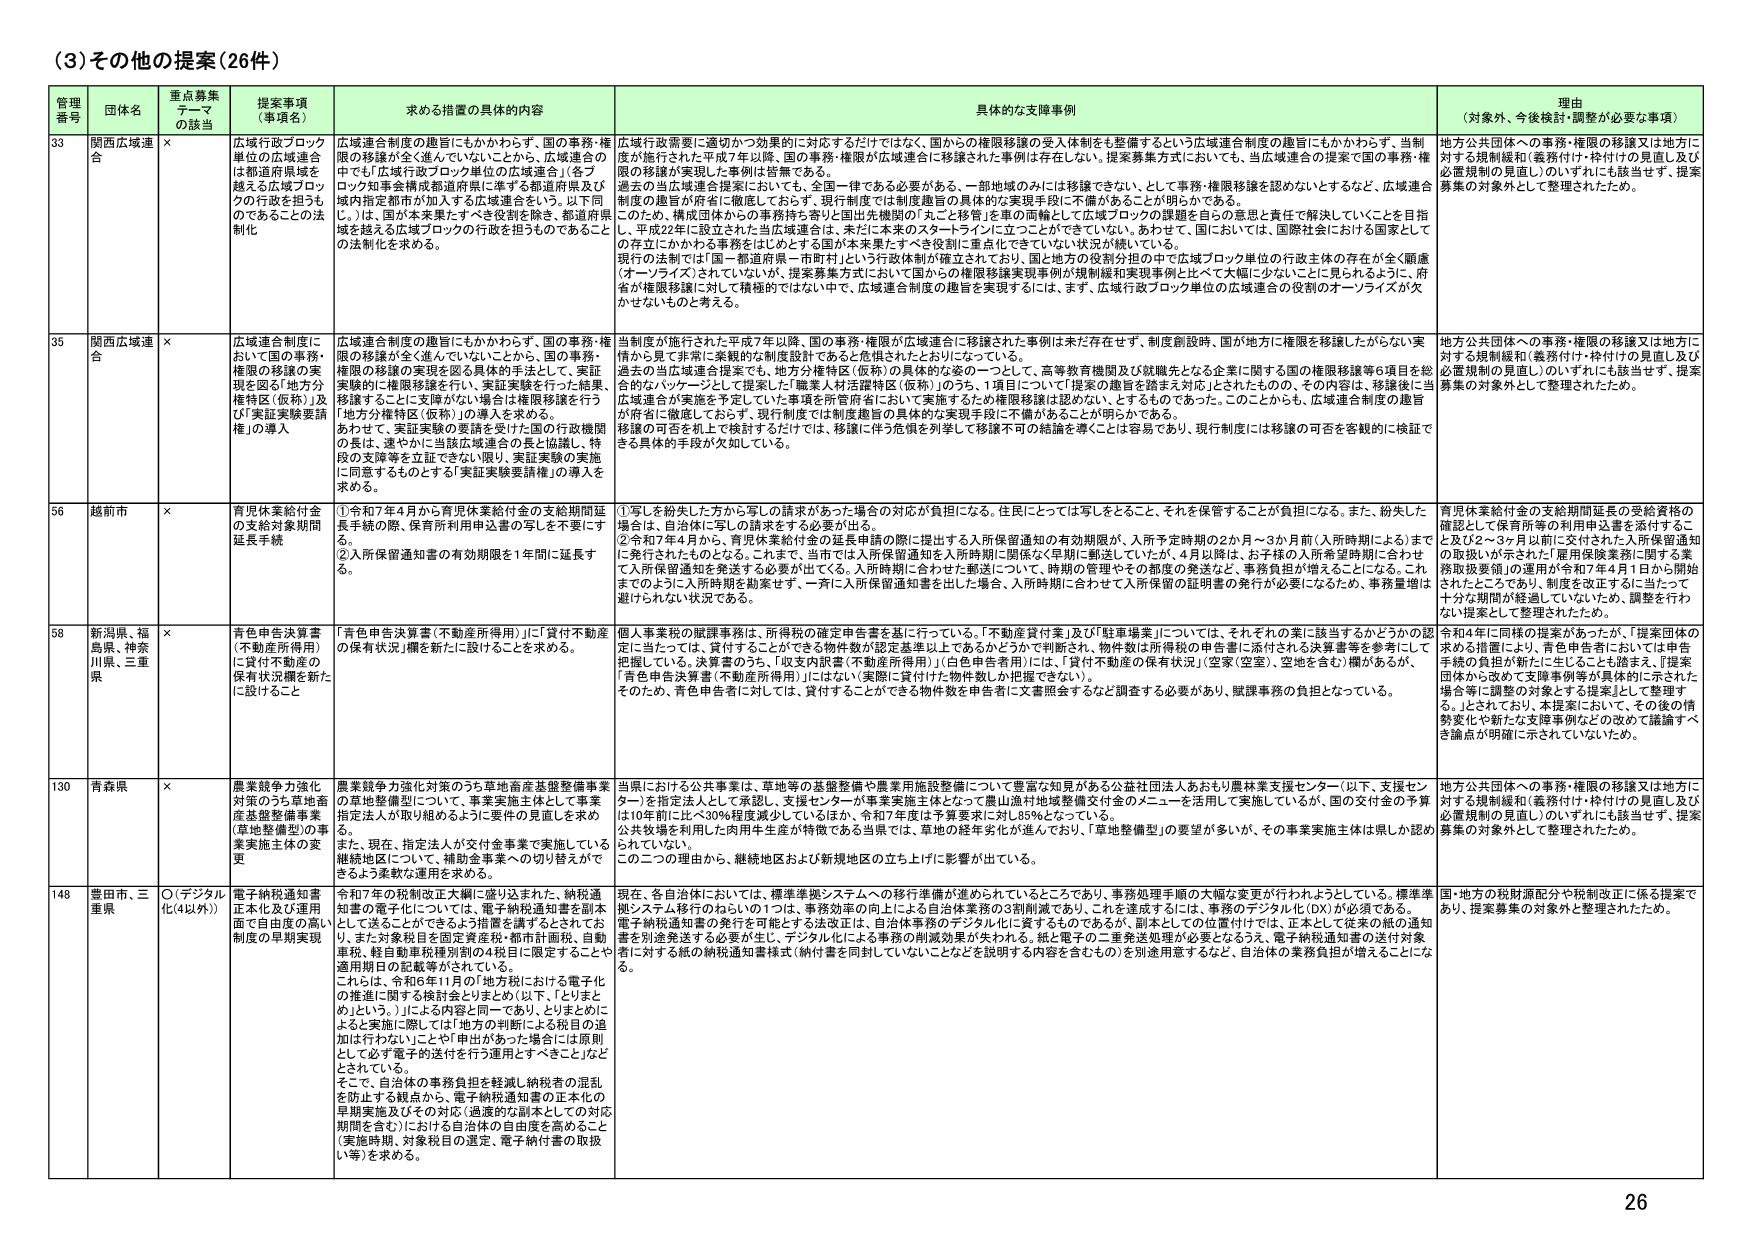
(3) その他の提案 (26件)

管理番号	団体名	重点募集テーマの該当	提案事項（事項名）	求める措置の具体的内容	具体的な支援事例	理由（対象外、今後検討・調整が必要な事項）

33	関西広域連合	×	広域行政ブロック単位の広域連合は都道府県域を越える広域ブロックの行政を担うものであることの法制化	広域連合制度の趣旨にもかかわらず、国の事務・権限の移譲が全く進んでいないことから、広域連合の中でも「広域行政ブロック単位の広域連合」（各ブロック知事会構成都道府県に準ずる都道府県及び域内指定都市が加入する広域連合をいう。以下同じ。）は、国が本来果たすべき役割を除き、都道府県域を越える広域ブロックの行政を担うものであることの法制化を求める。	広域行政需要に適切かつ効果的に対応するだけではなく、国からの権限移譲の受入体制も整備するという広域連合制度の趣旨にかかわらず、当制度が施行された平成7年以降、国の事務・権限が広域連合に移譲されない、提案募集方式においても、当広域連合の提案で国の事務・権限の移譲が実現した事例は皆無である。過去の当広域連合提案においても、全国一律である必要がある、一部地域のみには移譲できない、として事務・権限移譲を認めないとするなど、広域連合制度の趣旨が府省に徹底しておらず、現行制度では制度趣旨の具体的な実現手段に不備があることが明らかである。そのため、構成国体からの事務持ち寄りと国出先機関の「丸ごと移管」を東の両輪として広域ブロックの課題を自らの意思と責任で解決していくことを目指し、平成22年に設立された当広域連合は、未だに本来のスタートラインに立つことができていない。あわせて、国においては、国際社会における国家としての存立にかかわる事務をはじめとする国が本来果たすべき役割に重点をできていない状況が続いている。現行の法制では「国－都道府県－市町村」という行政体制が確立されており、国と地方の役割分担の中で広域ブロック単位の行政主体の存在が全く順慮（オーライズ）されていないが、提案募集方式において国からの権限移譲実現事例が規制緩和実現事例に比べて大幅に少ないことに見られるように、府省が権限移譲に対して積極的ではない中で、広域連合制度の趣旨を実現するには、まず、広域行政ブロック単位の広域連合の役割のオーライズが欠かせないものと考える。	地方公共団体への事務・権限の移譲又は地方に対する規制緩和（義務付け・枠付けの見直し及び配置規制の見直し）のいずれにも該当せず、提案募集の対象外として整理されたため。

35	関西広域連合	×	広域連合制度において国の事務・権限の移譲の実現を図る「地方分権特区（仮称）」及び「実証実験要請権」の導入	広域連合制度の趣旨にもかかわらず、国の事務・権限の移譲が全く進んでいないことから、国の事務・権限の移譲の実現を図る具体的手法として、実証実験的に権限移譲を行い、実証実験を行った結果、移譲することに支障がない場合は権限移譲を行う「地方分権特区（仮称）」の導入を求める。あわせて、実証実験の要請を受けた国行政機関の長は、速やかに当該広域連合の長と協議し、特段の支障等を立証できない限り、実証実験の実施に同意するものとする「実証実験要請権」の導入を求める。	当制度が施行された平成7年以降、国の事務・権限が広域連合に移譲された事例は未だ存在せず、制度創設時、国が地方に権限を移譲したがらない実情から見て非常に楽観的な制度設計であると危惧されたとおりになっている。過去の当広域連合提案でも、地方分権特区（仮称）の具体的な姿の一つとして、高等教育機関及び就職先となる企業に関する国の権限移譲等6項目を総合的なパッケージとして提案した「職業人材活躍特区（仮称）」のうち、1項目について「提案の趣旨を踏まえ対応」とされたものの、その内容は、移譲後に当広域連合が実施を予定していた事項を所管府省において実施する「どの権限移譲は認めない、とするものであった。このことからも、広域連合制度の趣旨が府省に徹底しておらず、現行制度では制度趣旨の具体的な実現手段に不備があることが明らかである。移譲の可否を机上で検討するだけでは、移譲に伴う危惧を列挙して移譲不可の結論を導くことは容易であり、現行制度には移譲の可否を客観的に検証できる具体的手段が欠如している。	地方公共団体への事務・権限の移譲又は地方に対する規制緩和（義務付け・枠付けの見直し及び配置規制の見直し）のいずれにも該当せず、提案募集の対象外として整理されたため。

56	越前市	×	育児休業給付金の支給対象期間延長手続	①令和7年4月から育児休業給付金の支給期間延長手続の際、保育所利用申込書の写しを不要にする。②入所保留通知書の有効期限を1年間に延長する。	①写しを紛失した方から写しの請求があった場合の対応が負担になる。生産にとっては写しをとること、それを保管することが負担になる。また、紛失した場合は、自治体に写しの請求をする必要が出る。②令和7年4月から、育児休業給付金の延長申請の際に提出する入所保留通知の有効期限が、入所予定時期の2か月～3か月前（入所時期による）までに発行されたものとなる。これまでは、市町では入所保留通知を入所時期に関係なく早期に郵送していたが、4月以降は、お子様の入所希望時期に合わせて入所保留通知を発送する必要が出てくる。入所時期に合わせて郵送について、時期の管理やその都度の発送など、事務負担が増えることになる。これまでもように入所時期を勘案せず、一斉に入所保留通知書を出した場合、入所時期に合わせて入所保留の証明書の発行が必要になるため、事務量増は避けられない状況である。	育児休業給付金の支給期間延長の受給資格の確認として保育所等の利用申込書を添付すること及び2～3ヶ月以前に交付された入所保留通知の取扱いが示された「雇用保険業務に関する業務取扱要領」の運用が令和7年4月1日から開始されたことであり、制度を改正するに当たって十分な期間が経過していないため、調整を行わない提案として整理されたため。

58	新潟県、福島県、神奈川県、三重県	×	青色申告決算書（不動産所得用）に「貸付不動産の保有状況欄」を新たに設けること	「青色申告決算書（不動産所得用）」に「貸付不動産の保有状況」欄を新たに設けることを求める。	個人事業税の賦課事務は、所得税の確定申告書を基に行っている。「不動産貸付業」及び「駐車場業」については、それぞれの業に該当するかどうかの認定に当たっては、貸付することができる物件数が認定基準以上であるかどうかに判断され、物件数は所得税の申告書に添付される決算書等を参考にして把握している。決算書のうち、「収支内訳書（不動産所得用）」（白色申告者用）には、「貸付不動産の保有状況」（空室（空室）、空地を含む）欄があるが、「青色申告決算書（不動産所得用）」にはない（実際に貸付けた物件数しか把握できない）。そのため、青色申告者に対しては、貸付することができる物件数を申告者に文書照会するなど調査する必要があり、賦課事務の負担となっている。	令和4年に同様の提案があったが、「提案団体の求める措置により、青色申告者においては申告手続の負担が新たに生じることを踏まえ、『提案団体から改めて支援事例等が具体的に示された場合等に調整の対象とする提案として整理する。』とされており、本提案において、その後の情勢変化や新たな支援事例などの改めて議論すべき論点が明確に示されていないため。

130	青森県	×	農業競争力強化対策のうち草地畜産基盤整備事業の草地整備型について、事業実施主体として事業指定法人が取り組めるように要件の見直しを求める。また、現在、指定法人が交付金事業で実施している継続地図について、補助金事業への切り替えができるよう柔軟な運用を求める。	農業競争力強化対策のうち草地畜産基盤整備事業の草地整備型について、事業実施主体として事業指定法人が取り組めるように要件の見直しを求める。また、現在、指定法人が交付金事業で実施している継続地図について、補助金事業への切り替えができるよう柔軟な運用を求める。	当県における公共事業は、草地等の基盤整備や農業用施設整備について豊富な知見がある公益社団法人おももり農林業支援センター（以下、支援センター）を指定法人として承認し、支援センターが事業実施主体となって農山漁村地域整備交付金のメニューを活用して実施しているが、国の交付金の予算は10年前に比べ30％程度減少しているほか、令和7年度は予算要求に到達し85％となっている。公共牧場を利用した肉用牛生産が特徴である当県では、草地の経年劣化が進んでおり、「草地整備型」の要望が多いが、その事業実施主体は県しか認められていない。この二つの理由から、継続地図および新規地図の立ち上げに影響が出ている。	地方公共団体への事務・権限の移譲又は地方に対する規制緩和（義務付け・枠付けの見直し及び配置規制の見直し）のいずれにも該当せず、提案募集の対象外として整理されたため。

148	豊田市、三重県	○（デジタル化（4以外））	電子納税通知書正本化及び運用面で自由度の高い制度の早期実現	令和7年の税制改正大綱に盛り込まれた、納税通知書の電子化については、電子納税通知書の正本化として送ることをできるよう措置を講ずることとされており、また各税目を同回収年度税・都市計画税、自動車税、軽自動車税課別別の4税目に限定することや適用期日の記載等がされている。これらは、令和6年11月の「地方税における電子化の推進に関する検討会」とまとめ（以下、「とりまとめ」という。）による内容と同一であり、とりまとめによる実施に際しては「地方の判断による税目の追加は行わないことや「申出があった場合は原則として必ず電子の送付を行う運用とすべきこと」などとされている。そこで、自治体の事務負担を軽減し納税者の混乱を防止する観点から、電子納税通知書の正本化の早期実施及びその対応（通達的な副本としての対応期間を含む）における自治体の自由度を高めること（実施時期、対象税目の選定、電子納付書の取扱い等）を求める。	現在、各自治体においては、標準準拠システムへの移行準備が進められているところであり、事務処理手順の大幅な変更が行われようとしている。標準準拠システム移行のねらいの1つは、事務効率の向上による自治体業務の3割削減であり、これを達成するには、事務のデジタル化（DX）が必須である。電子納税通知書の発行を可能とする法改正は、自治体事務のデジタル化に資するものであるが、副本としての位置付けでは、正本として従来の紙的通知書を別途発送する必要が生じ、デジタル化による事務の削減効果が失われる。紙と電子の二重発送処理が必要となるうえ、電子納税通知書の送付対象者に対する紙の納税通知書様式（納付書を同封していないことなどを説明する内容を含むもの）を別途用意するなど、自治体の業務負担が増えることになる。	国・地方の税財源配分や税制改正に係る提案であり、提案募集の対象外と整理されたため。

26